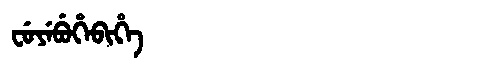
Manchu: ᠸᡠᠶᡝᠪᡠᡥᡝᠪᡳᡥᡝ
Romanization: FUYEBUHEBIHE